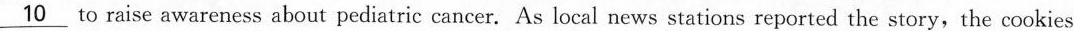
\underline{10} to raise awareness about pediatric cancer. As local news stations reported the story,the cookies